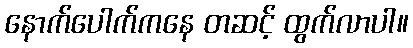
နောက်ပေါက်ကနေ တဆင့် ထွက်လာပါ။